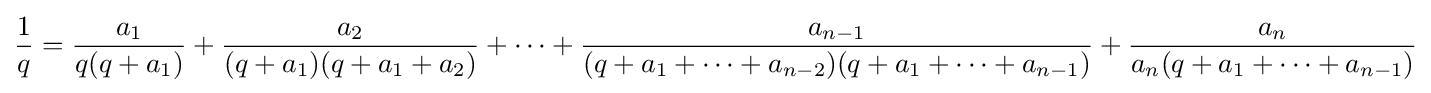
{\frac {1}{q}}={\frac {a_{1}}{q(q+a_{1})}}+{\frac {a_{2}}{(q+a_{1})(q+a_{1}+a_{2})}}+\dots +{\frac {a_{n-1}}{(q+a_{1}+\dots +a_{n-2})(q+a_{1}+\dots +a_{n-1})}}+{\frac {a_{n}}{a_{n}(q+a_{1}+\dots +a_{n-1})}}